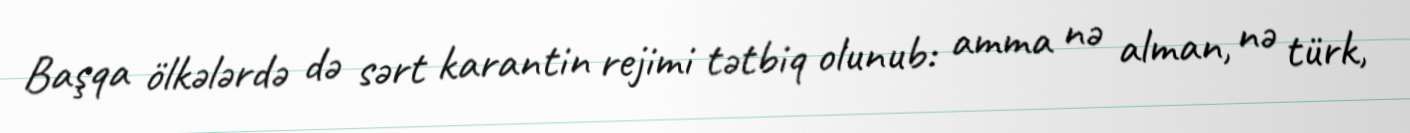
Başqa ölkələrdə də sərt karantin rejimi tətbiq olunub: amma nə alman, nə türk,